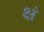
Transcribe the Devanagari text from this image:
क्षं